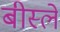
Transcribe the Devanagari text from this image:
बीस्ले